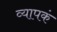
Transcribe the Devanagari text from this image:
व्यापकं